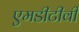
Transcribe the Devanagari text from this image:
एमडीटीवी